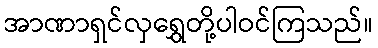
အာဏာရှင်လှရွှေတို့ပါဝင်ကြသည်။